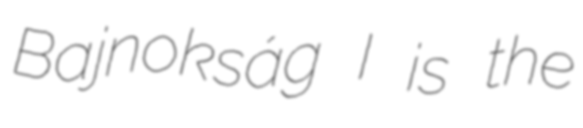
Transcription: Bajnokság I is the